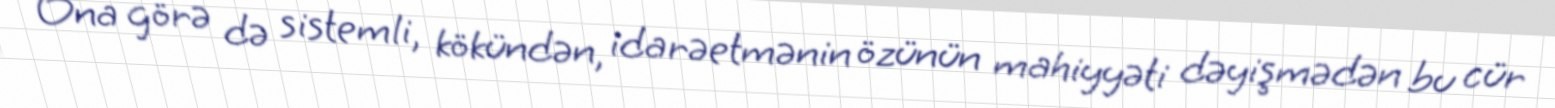
Ona görə də sistemli, kökündən, idarəetmənin özünün mahiyyəti dəyişmədən bu cür